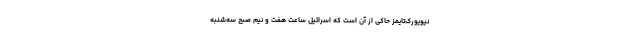
نیویورک‌تایمز حاکی از آن است که اسرائیل ساعت هفت و نیم صبح سه‌شنبه